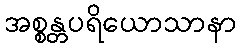
အစ္စန္တပရိယောသာနာ